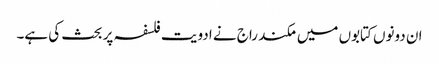
ان دونوں کتابوں میں مکند راج نے ادویت فلسفہ پر بحث کی ہے۔